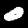
Label: 0